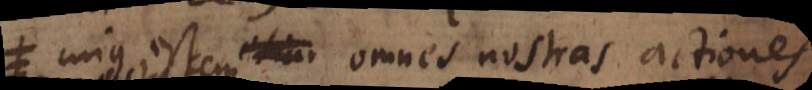
cujus est omnes nostras actiones